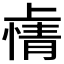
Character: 𫠽